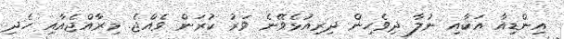
އިންޑިއާ އަކާއި ނުލާ ދިވެހިން ދިރިއުޅެވޭނެ ވަރު ކުރަން ވެއްޖެ. މިރާއްޖެއާއި ހެދި